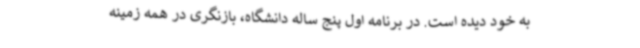
به خود دیده است. در برنامه اول پنج ساله دانشگاه، بازنگری در همه زمینه